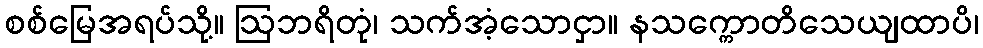
စစ်မြေအရပ်သို့။ ဩဘရိတုံ၊ သက်အံ့သောငှာ။ နသက္ကောတိသေယျထာပိ၊